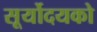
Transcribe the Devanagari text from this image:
सूर्योदयको